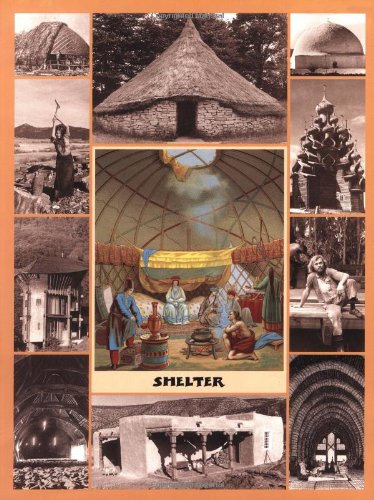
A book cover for Shelter; Crafts, Hobbies & Home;